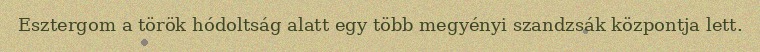
Esztergom a török hódoltság alatt egy több megyényi szandzsák központja lett.